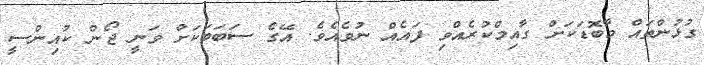
ގުޅުންތައް މާބޮޑަކަށް ގާއިމްކުރެއްވި ފައެއް ނުވެއެވެ. އޭގެ ސަބަބަކަށް ވަނީ ޖޯން ކުއިންސީ